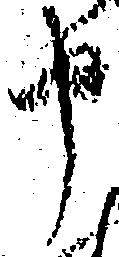
申